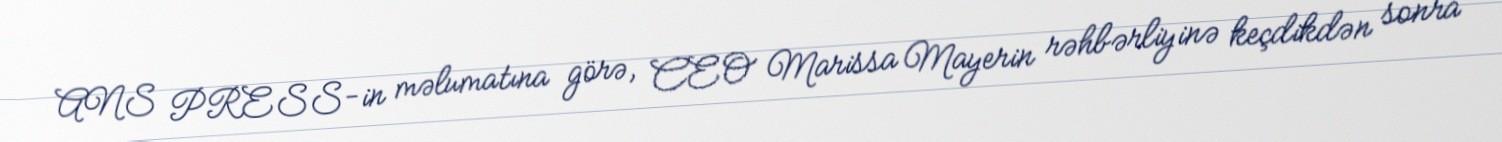
ANS PRESS-in məlumatına görə, CEO Marissa Mayerin rəhbərliyinə keçdikdən sonra